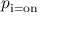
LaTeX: p _ { \mathrm { i = o n } }